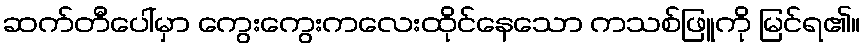
ဆက်တီပေါ်မှာ ကွေးကွေးကလေးထိုင်နေသော ကသစ်ဖြူကို မြင်ရ၏။